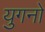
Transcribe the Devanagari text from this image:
युगनो